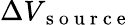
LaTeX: \Delta V_{\mathrm{~s~o~u~r~c~e~}}